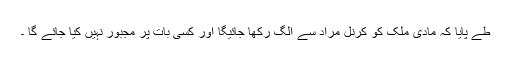
طے پایا کہ مادی ملک کو کرنل مراد سے الگ رکھا جائیگا اور کسی بات پر مجبور نہیں کیا جائے گا ۔